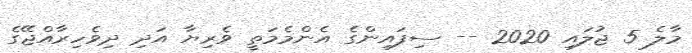
މާލެ 5 ޖުލައި 2020 -- ސިފައިންގެ އެންމެމަތީ ވެރިޔާ އަދި ދިވެހިރާއްޖޭގެ